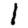
Digit: 1